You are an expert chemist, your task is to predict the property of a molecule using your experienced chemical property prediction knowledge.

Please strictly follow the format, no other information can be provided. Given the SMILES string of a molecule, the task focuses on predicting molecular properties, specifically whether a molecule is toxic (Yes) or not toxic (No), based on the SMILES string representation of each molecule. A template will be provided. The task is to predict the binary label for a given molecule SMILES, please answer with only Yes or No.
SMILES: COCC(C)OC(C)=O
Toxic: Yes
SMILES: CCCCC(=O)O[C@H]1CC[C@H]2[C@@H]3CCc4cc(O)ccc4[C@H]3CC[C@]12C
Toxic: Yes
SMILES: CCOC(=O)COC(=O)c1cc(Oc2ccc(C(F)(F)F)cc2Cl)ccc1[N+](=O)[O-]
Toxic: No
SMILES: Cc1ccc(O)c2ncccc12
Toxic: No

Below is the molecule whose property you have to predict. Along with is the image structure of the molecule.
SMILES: CC(C)C#N
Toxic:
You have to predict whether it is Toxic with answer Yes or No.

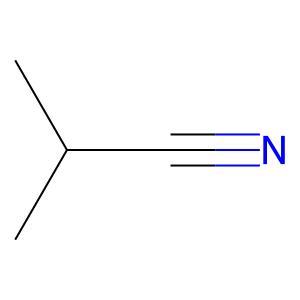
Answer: No